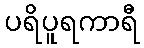
ပရိပူရကာရီ